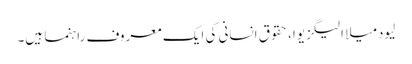
لیودمیلا الیگزیوا، حقوقِ انسانی کی ایک معروف راہنما ہیں۔